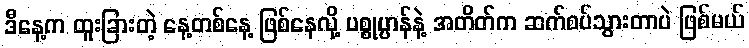
ဒီနေ့က ထူးခြားတဲ့ နေ့တစ်နေ့ ဖြစ်နေလို့ ပစ္စုပ္ပာန်နဲ့ အတိတ်က ဆက်စပ်သွားတာပဲ ဖြစ်မယ်